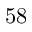
5 8